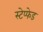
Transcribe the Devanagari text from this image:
स्टेप्फेड